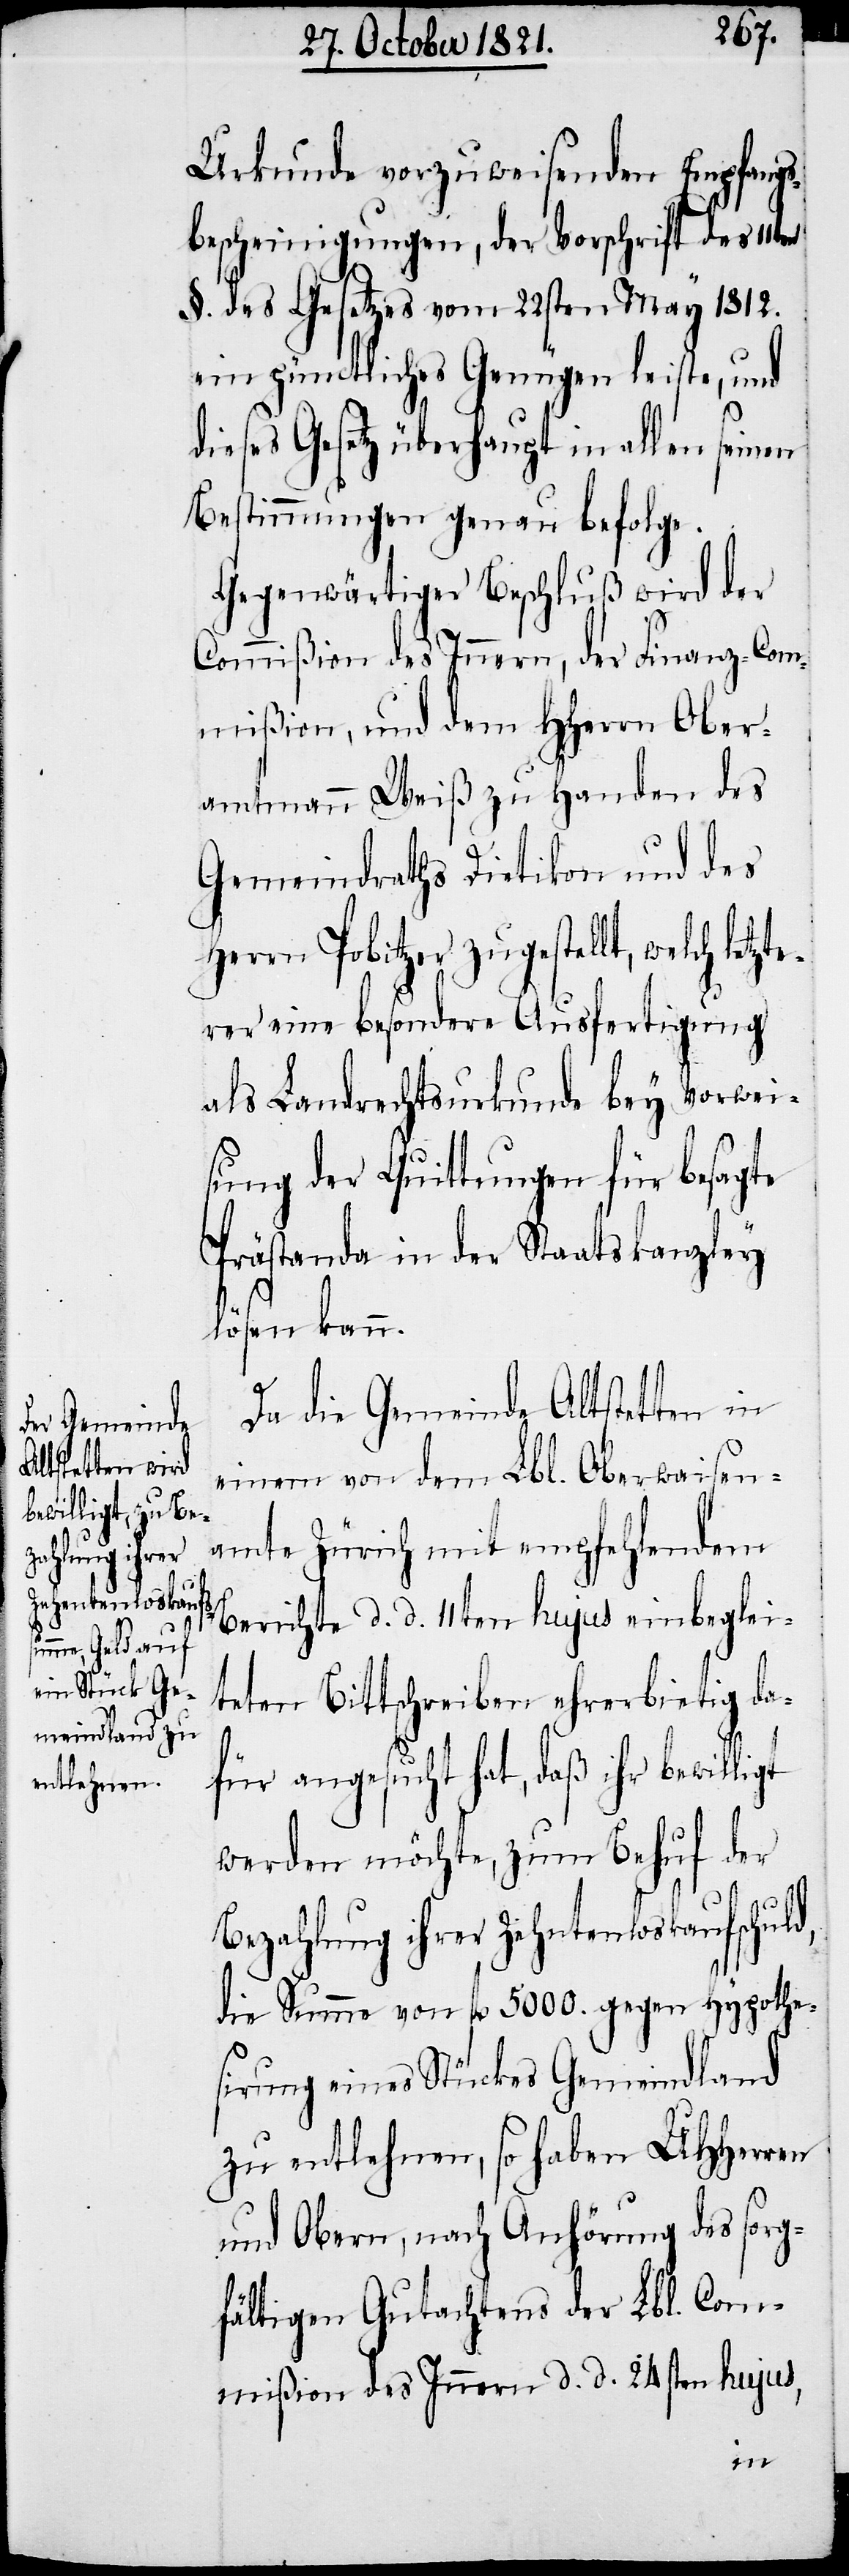
Urkunde vorzuweisenden Empfangs¬
bescheinigungen, der Vorschrift des 11ten
§. des Gesetzes vom 22sten May 1812.
ein pünctliches Genügen leiste, und
dieses Gesetz überhaupt in allen seinen
Bestimmungen genau befolge.
Gegenwärtiger Beschluß wird der
Commißion des Innern, der Finanz-Com¬
mißion, und dem HHerrn Ober¬
amtmann Weiß zu Handen des
Gemeindraths Dietikon und des
Herrn Pobitzer zugestellt, welch letz¬
terer eine besondere Ausfertigung
als Landrechtsurkunde bey Vorwei¬
sen der Quittungen für besagte
Prästanda in der Staatskanzley
lösen kann.
Da die Gemeinde Altstetten in
einem von dem Lbl. Oberwaisen¬
amte Zürich mit empfehlendem
Berichte d. d. 11ten hujus einbeglei¬
teten Bittschreiben ehrerbietig da¬
für angesucht hat, daß ihr bewil¬
werden möchte, zum Behuf der
Bezahlung ihrer Zehntenloskaufssch¬
die Summe von fl. 5000. gegen Hypothe¬
sirung eines Stückes Gemeindland
zu entlehnen, so haben UHHerren
und Obern, nach Anhörung des sorg¬
fältigen Gutachtens der Lbl. Com¬
mißion des Innern d. d. 24sten hujus,
uld,